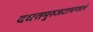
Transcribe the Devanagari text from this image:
दधतमुरुजटामण्डलं